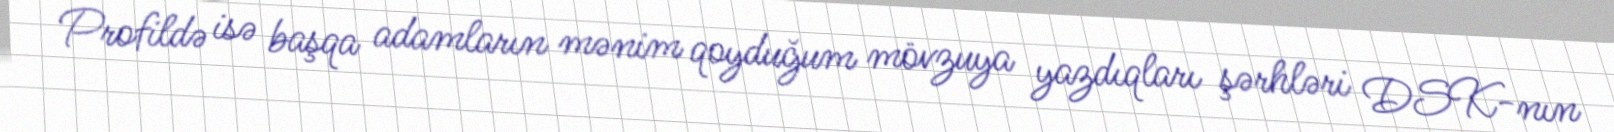
Profildə isə başqa adamların mənim qoyduğum mövzuya yazdıqları şərhləri DSK-nın